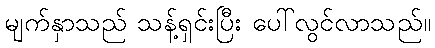
မျက်နှာသည် သန့်ရှင်းပြီး ပေါ်လွင်လာသည်။